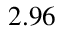
2 . 9 6